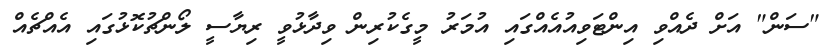
"ސަން" އަށް ދެއްވި އިންޓަވިއުއެއްގައި އުމަރު މީގެކުރިން ވިދާޅުވީ ރިޔާސީ ލޯންޗުކޮޅުގައި އެއްޗެއް